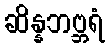
ဆိန္နဘဗ္ဘရံ